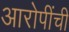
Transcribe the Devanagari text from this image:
आरोपींची